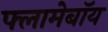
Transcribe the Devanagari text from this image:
फ्लामेबॉय